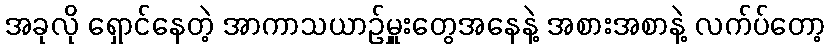
အခုလို ရှောင်နေတဲ့ အာကာသယာဉ်မှူးတွေအနေနဲ့ အစားအစာနဲ့ လက်ပ်တော့